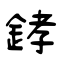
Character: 﨧